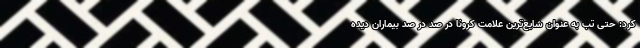
کرد: حتی تب به عنوان شایع‌ترین علامت کرونا در صد در صد بیماران دیده